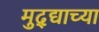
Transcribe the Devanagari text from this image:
मुद्द्याच्‍या